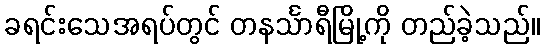
ခရင်းသေအရပ်တွင် တနင်္သာရီမြို့ကို တည်ခဲ့သည်။